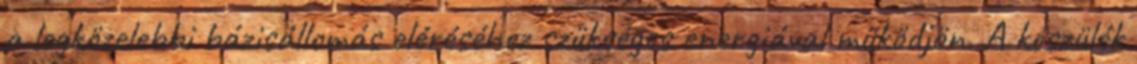
a legközelebbi bázisállomás eléréséhez szükséges energiával működjön. A készülék